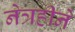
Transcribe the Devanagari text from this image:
नेत्रहीने